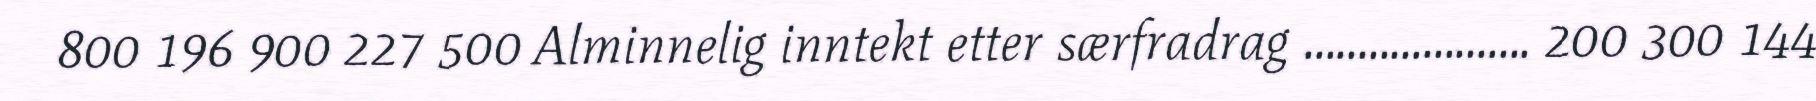
800 196 900 227 500 Alminnelig inntekt etter særfradrag ..................... 200 300 144